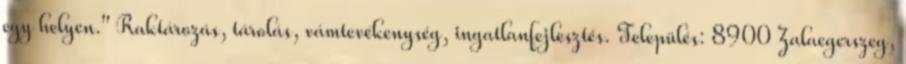
egy helyen." Raktározás, tárolás, vámtevékenység, ingatlanfejlesztés. Település: 8900 Zalaegerszeg,